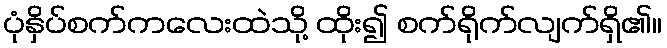
ပုံနှိပ်စက်ကလေးထဲသို့ ထိုး၍ စက်ရိုက်လျက်ရှိ၏။